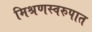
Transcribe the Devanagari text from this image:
मिश्रणस्वरुपात